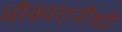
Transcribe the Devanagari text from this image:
चौकारांनीशी